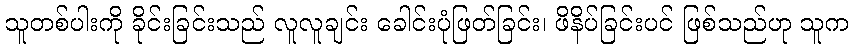
သူတစ်ပါးကို ခိုင်းခြင်းသည် လူလူချင်း ခေါင်းပုံဖြတ်ခြင်း၊ ဖိနိပ်ခြင်းပင် ဖြစ်သည်ဟု သူက